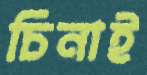
চিনাই